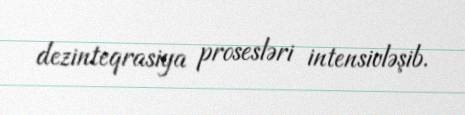
dezinteqrasiya prosesləri intensivləşib.